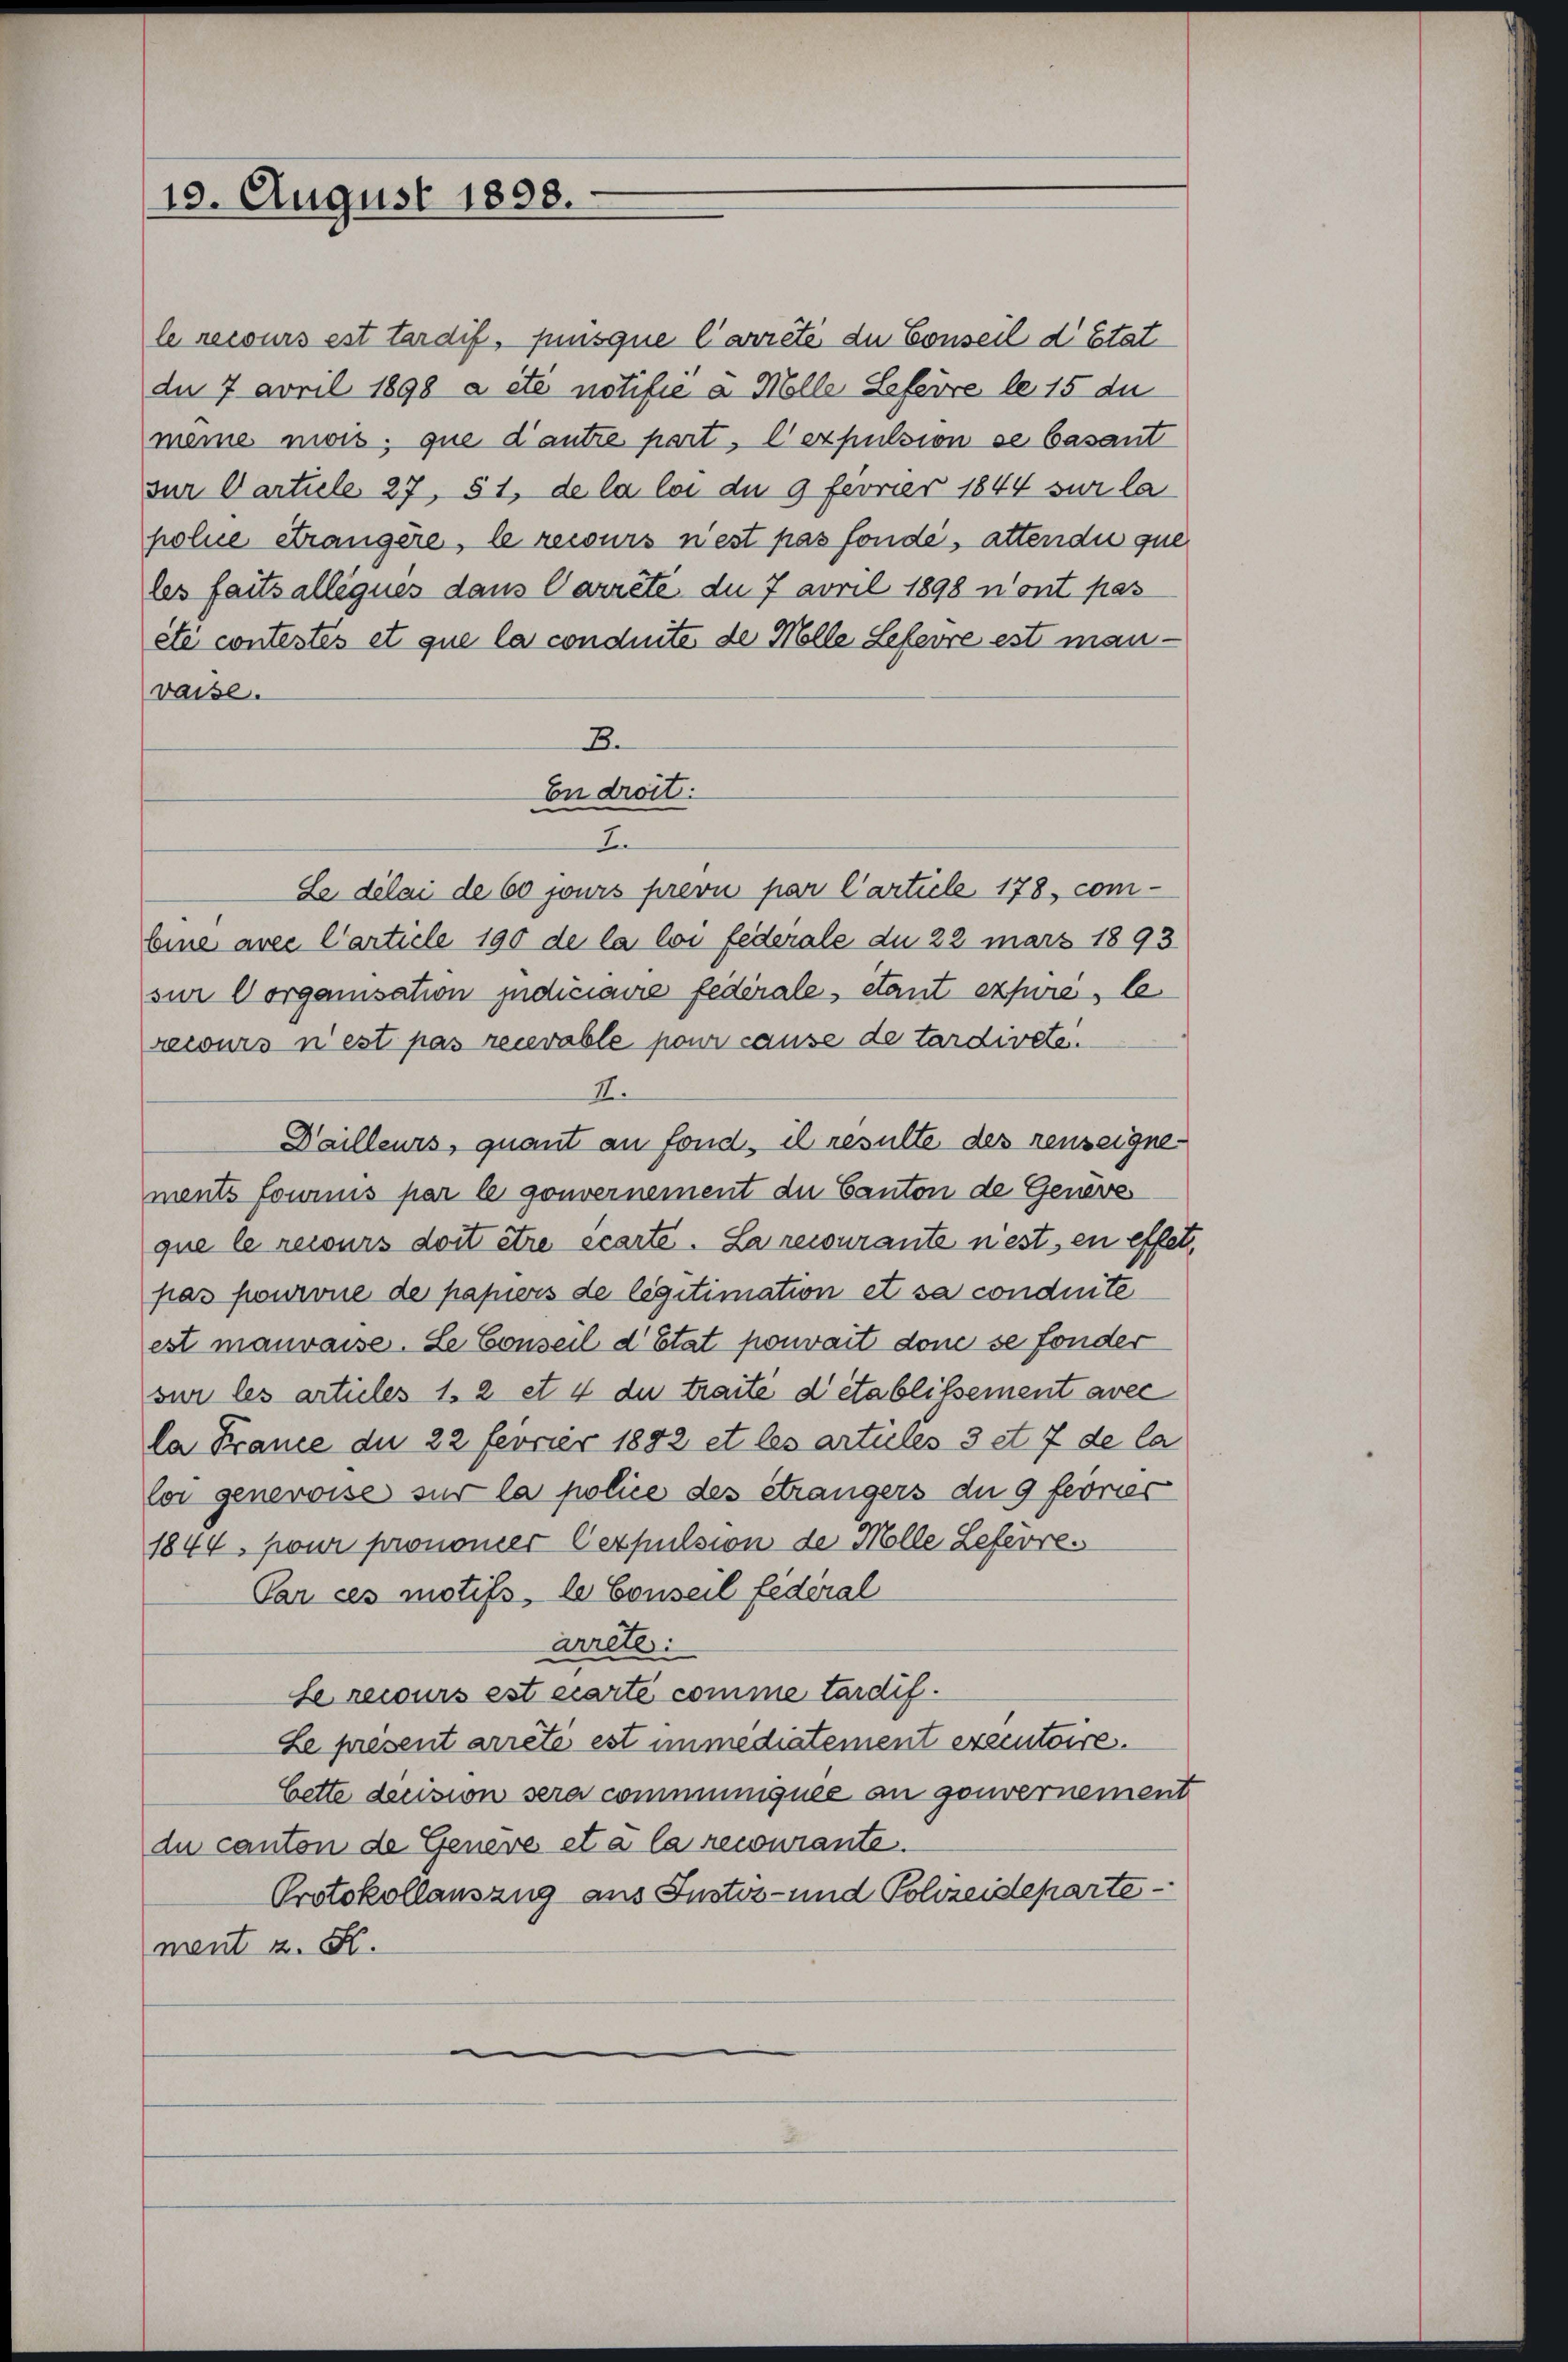
19. August 1898.

le recours est tardif, puisque l’arreté du Conseil d’Etat
du 7 April 1898 a été notifié à Mölle Lefevre le 15 du
meine mois, que d’autre part. C expulsion se Casant
zur Particle 27, § 1, de la loi du 9 ferner 1844 sur la
police étrangère, le recours n’est pas fonde, attende que
les faitsalliques dans Carrête du 7 avril 1898 n’ont pas
été contestés et que la conduite de Mlle Lefevre est man
vaise.
3.
En droit.
J
Le délai de 60 jours prevu par Carticle 178, comleine avec l’article 190 de la loi federale du 22 mars 1893
sur Vorganisation judiciaire federales étant expire, le
recours n est pas recevable pour cause de tardirete.
I.
Dailleurs, quant an fond, il resulte des renseignements fowiis par le gouvernement du Canton de Genere
que le recours doit être écarte. La recourante nest, en effet,
pas pourvue de papiers de legitimation et sa conduite
est mauvaise. Le Conseil d’Etat pouvait dem se fonder
sur les articles 1. 2 et 4 du traité d’établissement avec
la France du 22 Fevrier 1892 et les articles 3 et 7 de la
Cor genevoise sur la police des étrangers du 9 feines
1844, pour pronomer Cerpulsion de Mölle Lefevres
Par ces motifs, le Conseil fédéral
arretl.
Le recurs est carte comme tardif.
Le présent arrêté est immediatement executoire.
bette decision sera communiquee an gouvernement
du canton de Genere et a la recourante.
Protokollauszug aus Justiz- und Schreidepartement z. B.